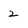
Character: 2